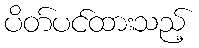
ပိတ်ပင်ထားသည့်